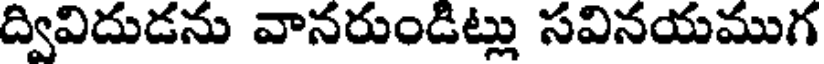
ద్వివిదుడను వానరుండిట్లు సవినయముగ